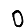
Digit: 0